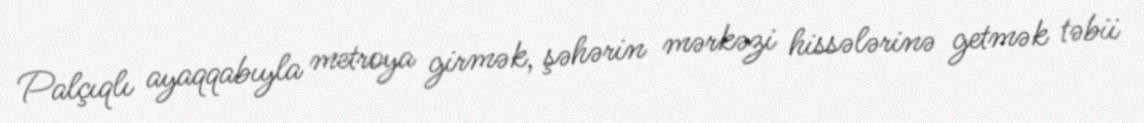
Palçıqlı ayaqqabıyla metroya girmək, şəhərin mərkəzi hissələrinə getmək təbii